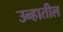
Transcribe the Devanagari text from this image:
उन्हातील